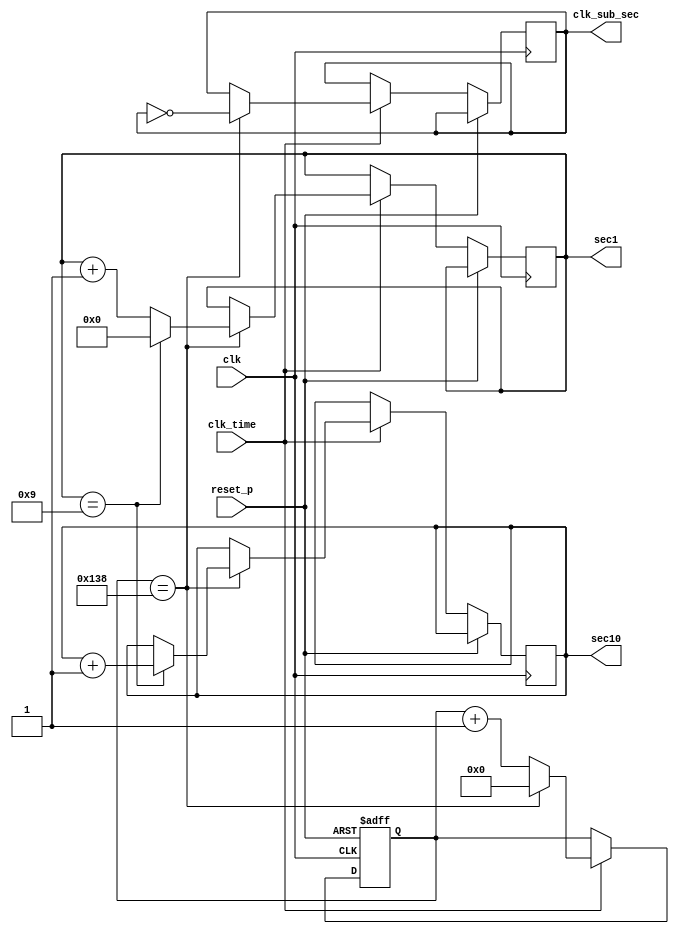
module counter_dec_100 (
    input clk,
    input reset_p,
    input clk_time,        // 1  
    output reg clk_sub_sec, // 1/100   
    output reg [3:0] sec1, // 1/100  1 
    output reg [3:0] sec10 // 1/100  10 
);

    reg [14:0] count; //  

    always @(posedge clk or posedge reset_p) begin
        if (reset_p)
            count <= 15'b0; //    
        else if (clk_time) begin
            // 1 1/100  
            count <= count + 1'b1;
            if (count == 15'b100111000) begin
                // 1/100   99  0  1/100   
                count <= 15'b0;
                clk_sub_sec <= ~clk_sub_sec; // 1/100   
                sec1 <= sec1 + 1'b1; // 1  
                if (sec1 == 4'b1001) begin
                    // 1/100  1  9  10  
                    sec1 <= 4'b0;
                    sec10 <= sec10 + 1'b1;
                end
            end
        end
    end
endmodule